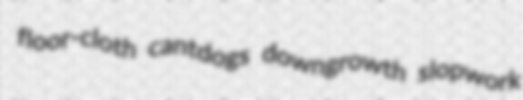
floor-cloth cantdogs downgrowth slopwork